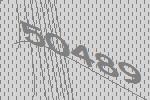
50489